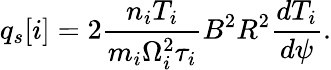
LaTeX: q_{s}[i]=2\frac{n_{i}T_{i}}{m_{i}\Omega_{i}^{2}\tau_{i}}B^{2}R^{2}\frac{dT_{i}}{d\psi}.